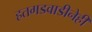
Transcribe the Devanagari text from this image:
हतगडवाडीनेही